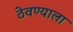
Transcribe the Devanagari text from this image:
ठेवण्याला